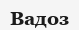
Вадоз